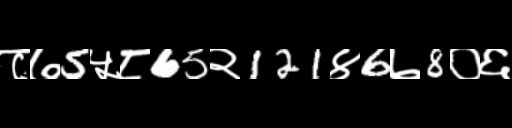
Text: ८७5५८65२121४6७8०६